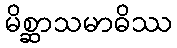
မိစ္ဆာသမာဓိဿ